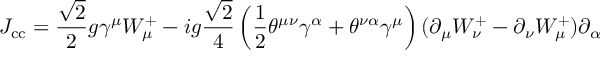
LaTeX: J _ { \mathrm { c c } } = \frac { \sqrt { 2 } } { 2 } g \gamma ^ { \mu } W _ { \mu } ^ { + } - i g \frac { \sqrt { 2 } } { 4 } \left( \frac { 1 } { 2 } \theta ^ { \mu \nu } \gamma ^ { \alpha } + \theta ^ { \nu \alpha } \gamma ^ { \mu } \right) ( \partial _ { \mu } W _ { \nu } ^ { + } - \partial _ { \nu } W _ { \mu } ^ { + } ) \partial _ { \alpha }